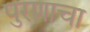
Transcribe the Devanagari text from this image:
पुरणाचा